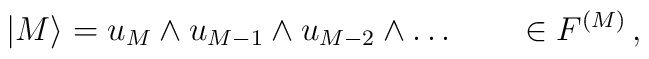
| M \rangle  = u_M \wedge u_{M-1}\wedge u_{M-2} \wedge \ldots   \qquad \in F^{(M)} \,,